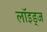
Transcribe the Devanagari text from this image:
लॉइड्ज